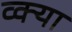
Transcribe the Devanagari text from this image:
व्क्या